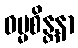
ဓမ္မစိန္တနာ